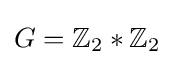
G=\mathbb {Z} _{2}*\mathbb {Z} _{2}